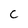
Character: c